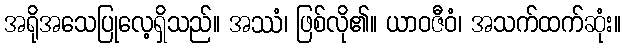
အရိုအသေပြုလေ့ရှိသည်။ အဿံ၊ ဖြစ်လို၏။ ယာဝဇီဝံ၊ အသက်ထက်ဆုံး။